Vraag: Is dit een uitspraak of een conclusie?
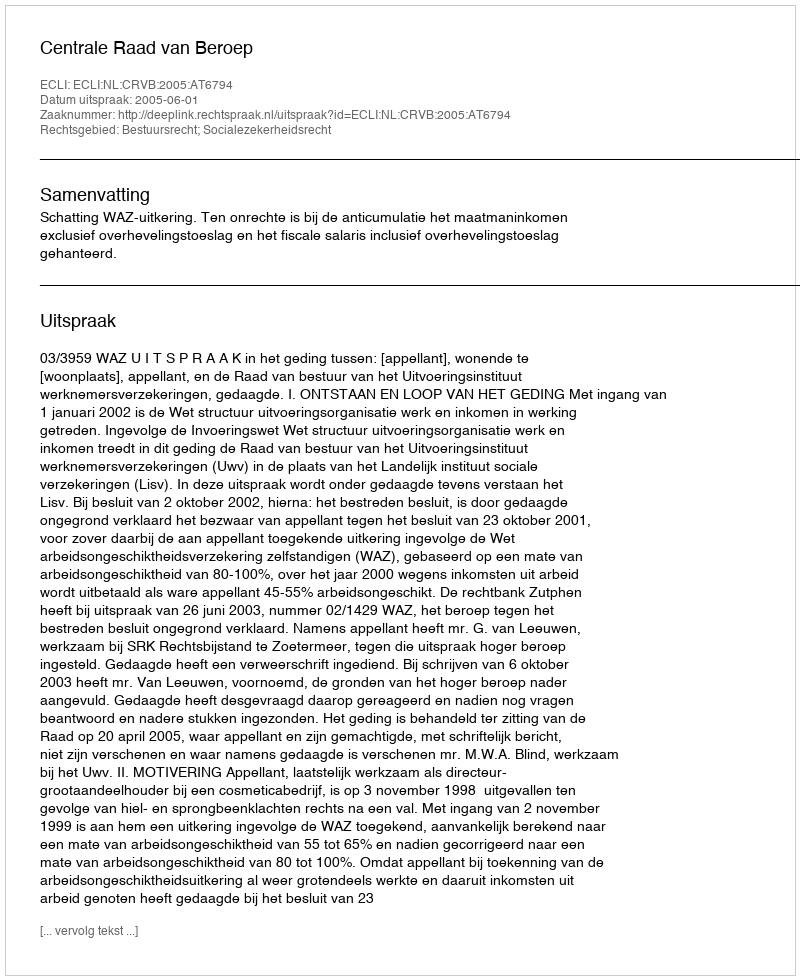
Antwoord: Uitspraak